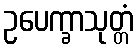
ဥပေက္ခာသုတ္တံ